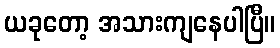
ယခုတော့ အသားကျနေပါပြီ။